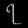
Digit: ၇